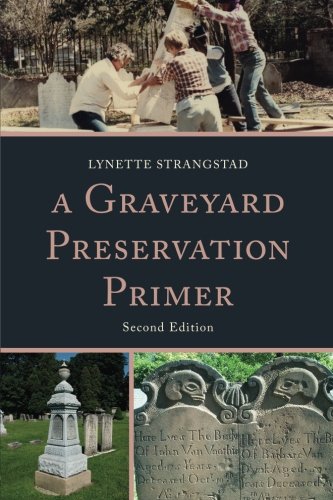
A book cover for A Graveyard Preservation Primer (American Association for State and Local History); Lynette Strangstad; Arts & Photography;